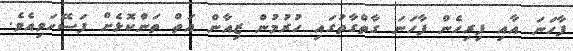
ފާހަނަ އާއި ފިރިހެން ފާހަނަ ގާތްގާތުގައި ހުރުމުން ޒިއާން އަތް ތަންކޮޅެށް ފަސޭހަވިއެވެ.